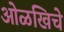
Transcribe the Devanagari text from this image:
ओळखिचे